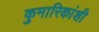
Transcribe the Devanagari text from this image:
कुमारिकांशी